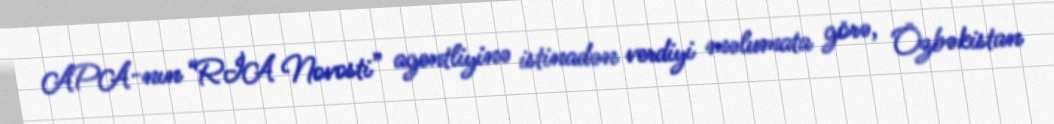
APA-nın “RİA Novosti” agentliyinə istinadən verdiyi məlumata görə, Özbəkistan